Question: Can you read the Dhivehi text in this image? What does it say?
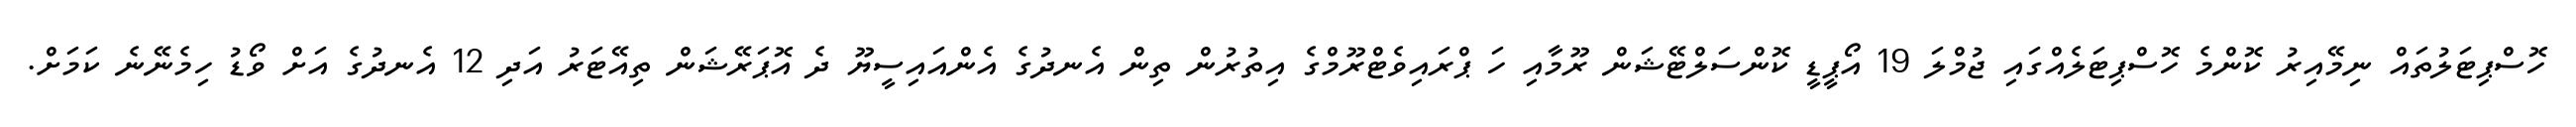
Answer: ހޮސްޕިޓަލުތައް ނިމޭއިރު ކޮންމެ ހޮސްޕިޓަލެއްގައި ޖުމްލަ 19 އޯޕީޑީ ކޮންސަލްޓޭޝަން ރޫމާއި ހަ ޕްރައިވެޓްރޫމްގެ އިތުރުން ތިން އެނދުގެ އެންއައިސީޔޫ ދެ އޮޕަރޭޝަން ތިއޭޓަރު އަދި 12 އެނދުގެ އަށް ވޯޑު ހިމެނޭނެ ކަމަށް.